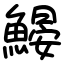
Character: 𩹽